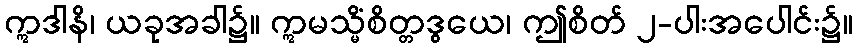
ဣဒါနိ၊ ယခုအခါ၌။ ဣမသ္မိံစိတ္တဒွယေ၊ ဤစိတ် ၂-ပါးအပေါင်း၌။